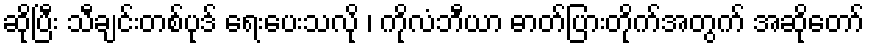
ဆိုပြီး သီချင်းတစ်ပုဒ် ရေးပေးသလို ၊ ကိုလံဘီယာ ဓာတ်ပြားတိုက်အတွက် အဆိုတော်